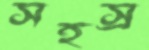
সহস্র